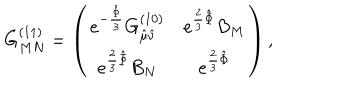
LaTeX: G _ { M N } ^ { ( 1 1 ) } = \left( \begin{matrix} { { e ^ { - { \frac { \hat { \Phi } } { 3 } } } G _ { \hat { \mu } \hat { \nu } } ^ { ( 1 0 ) } } } & { { e ^ { { \frac { 2 } { 3 } } \hat { \Phi } } B _ { M } } } \\ { { e ^ { { \frac { 2 } { 3 } } \hat { \Phi } } B _ { N } } } & { { e ^ { { \frac { 2 } { 3 } } \hat { \Phi } } } } \\ \end{matrix} \right) ,